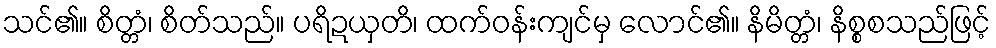
သင်၏။ စိတ္တံ၊ စိတ်သည်။ ပရိဍယှတိ၊ ထက်ဝန်းကျင်မှ လောင်၏။ နိမိတ္တံ၊ နိစ္စစသည်ဖြင့်